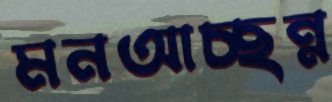
মনআচ্ছন্ন